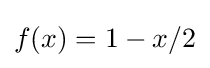
f(x)=1-x/2